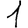
Digit: 1